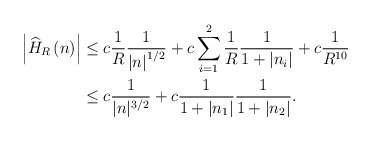
\begin{align*}\left\vert \widehat{H}_{R}\left( n\right) \right\vert & \leq c\frac{1}{R}\frac{1}{\left\vert n\right\vert ^{1/2}}+c\sum_{i=1}^{2}\frac{1}{R}\frac{1}{1+\left\vert n_{i}\right\vert }+c\frac{1}{R^{10}}\\& \leq c\frac{1}{|n|^{3/2}}+c\frac{1}{1+|n_{1}|}\frac{1}{1+|n_{2}|}.\end{align*}